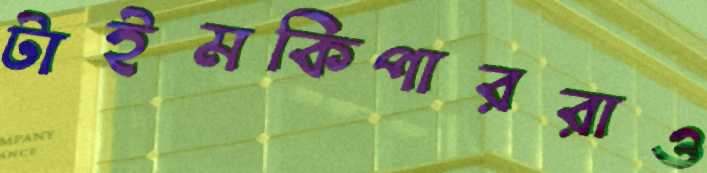
টাইমকিপাররাও